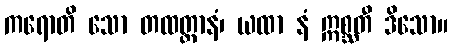
ကရောတိ သော တထတ္တာနံ၊ ယထာ နံ ဣစ္ဆတီ ဒိသော။